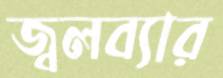
জ্বলব্যার